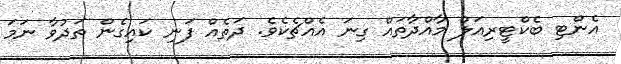
އެންޓި ބެކްޓީރިއަލް މާއްދާތައް ގިނަ އެއްޗެކެވެ. ދަތެއް ފަނި ކައިގެން ތަދުވާ ނަމަ